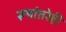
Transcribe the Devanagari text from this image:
रूपांतरेही